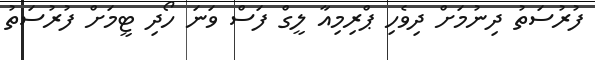
ފުރުސަތު ދިނުމަށް ދިވެހި ޕްރިމިއާ ލީގް ފަސް ވަނަ ހޯދި ޓީމަށް ފުރުސަތު